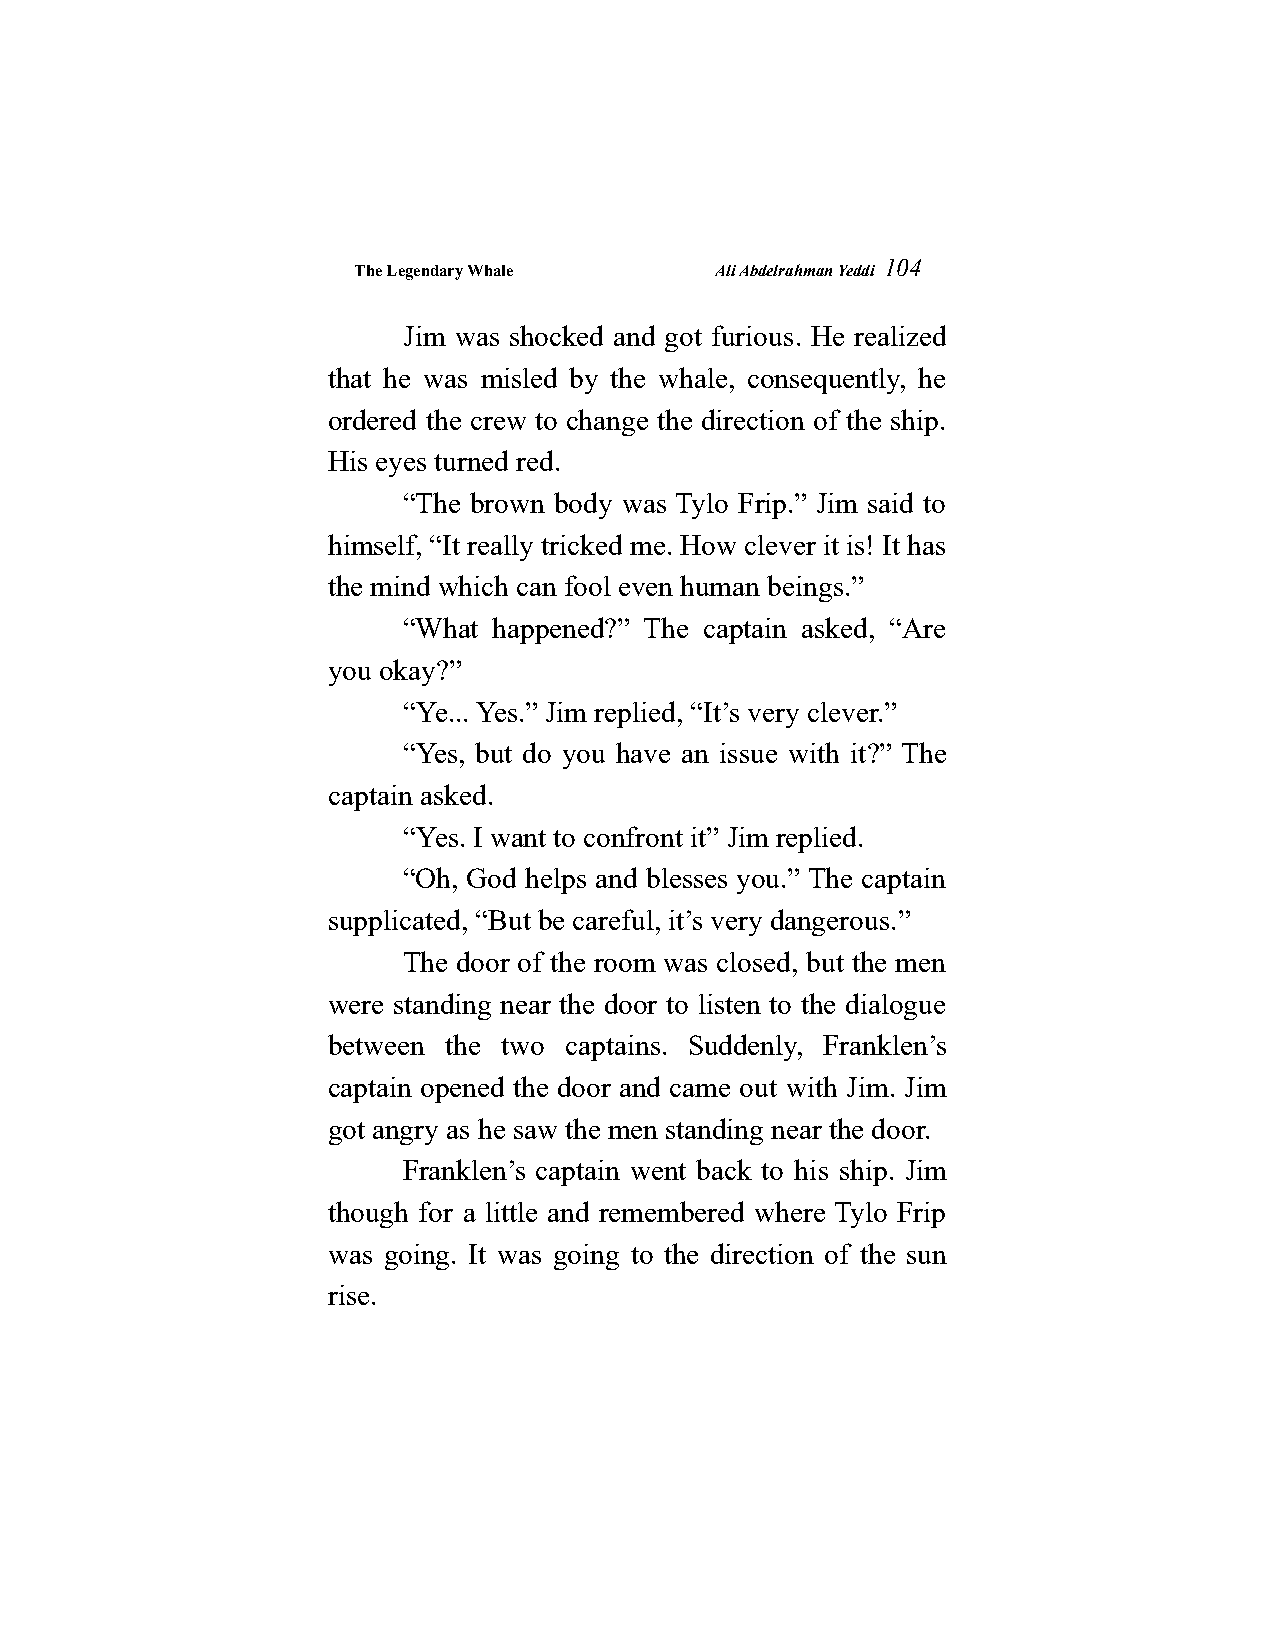
The Legendary Whale     Ali Abdelrahman Yeddi
 104
 Jim was shocked and got furious. He realized
 that he was misled by the whale, consequently, he
 ordered the crew to change the direction of the ship.
 His eyes turned red.
 “The brown body was Tylo Frip.” Jim said to
 himself, “It really tricked me. How clever it is! It has
 the mind which can fool even human beings.”
 “What happened?” The captain asked, “Are
 you okay?”
 “Ye... Yes.” Jim replied, “It’s very clever.”
 “Yes, but do you have an issue with it?” The
 captain asked.
 “Yes. I want to confront it” Jim replied.
 “Oh, God helps and blesses you.” The captain
 supplicated, “But be careful, it’s very dangerous.”
 The door of the room was closed, but the men
 were standing near the door to listen to the dialogue
 between the two captains. Suddenly, Franklen’s
 captain opened the door and came out with Jim. Jim
 got angry as he saw the men standing near the door.
 Franklen’s captain went back to his ship. Jim
 though for a little and remembered where Tylo Frip
 was going. It was going to the direction of the sun
 rise.